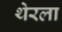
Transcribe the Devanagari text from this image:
थेरला